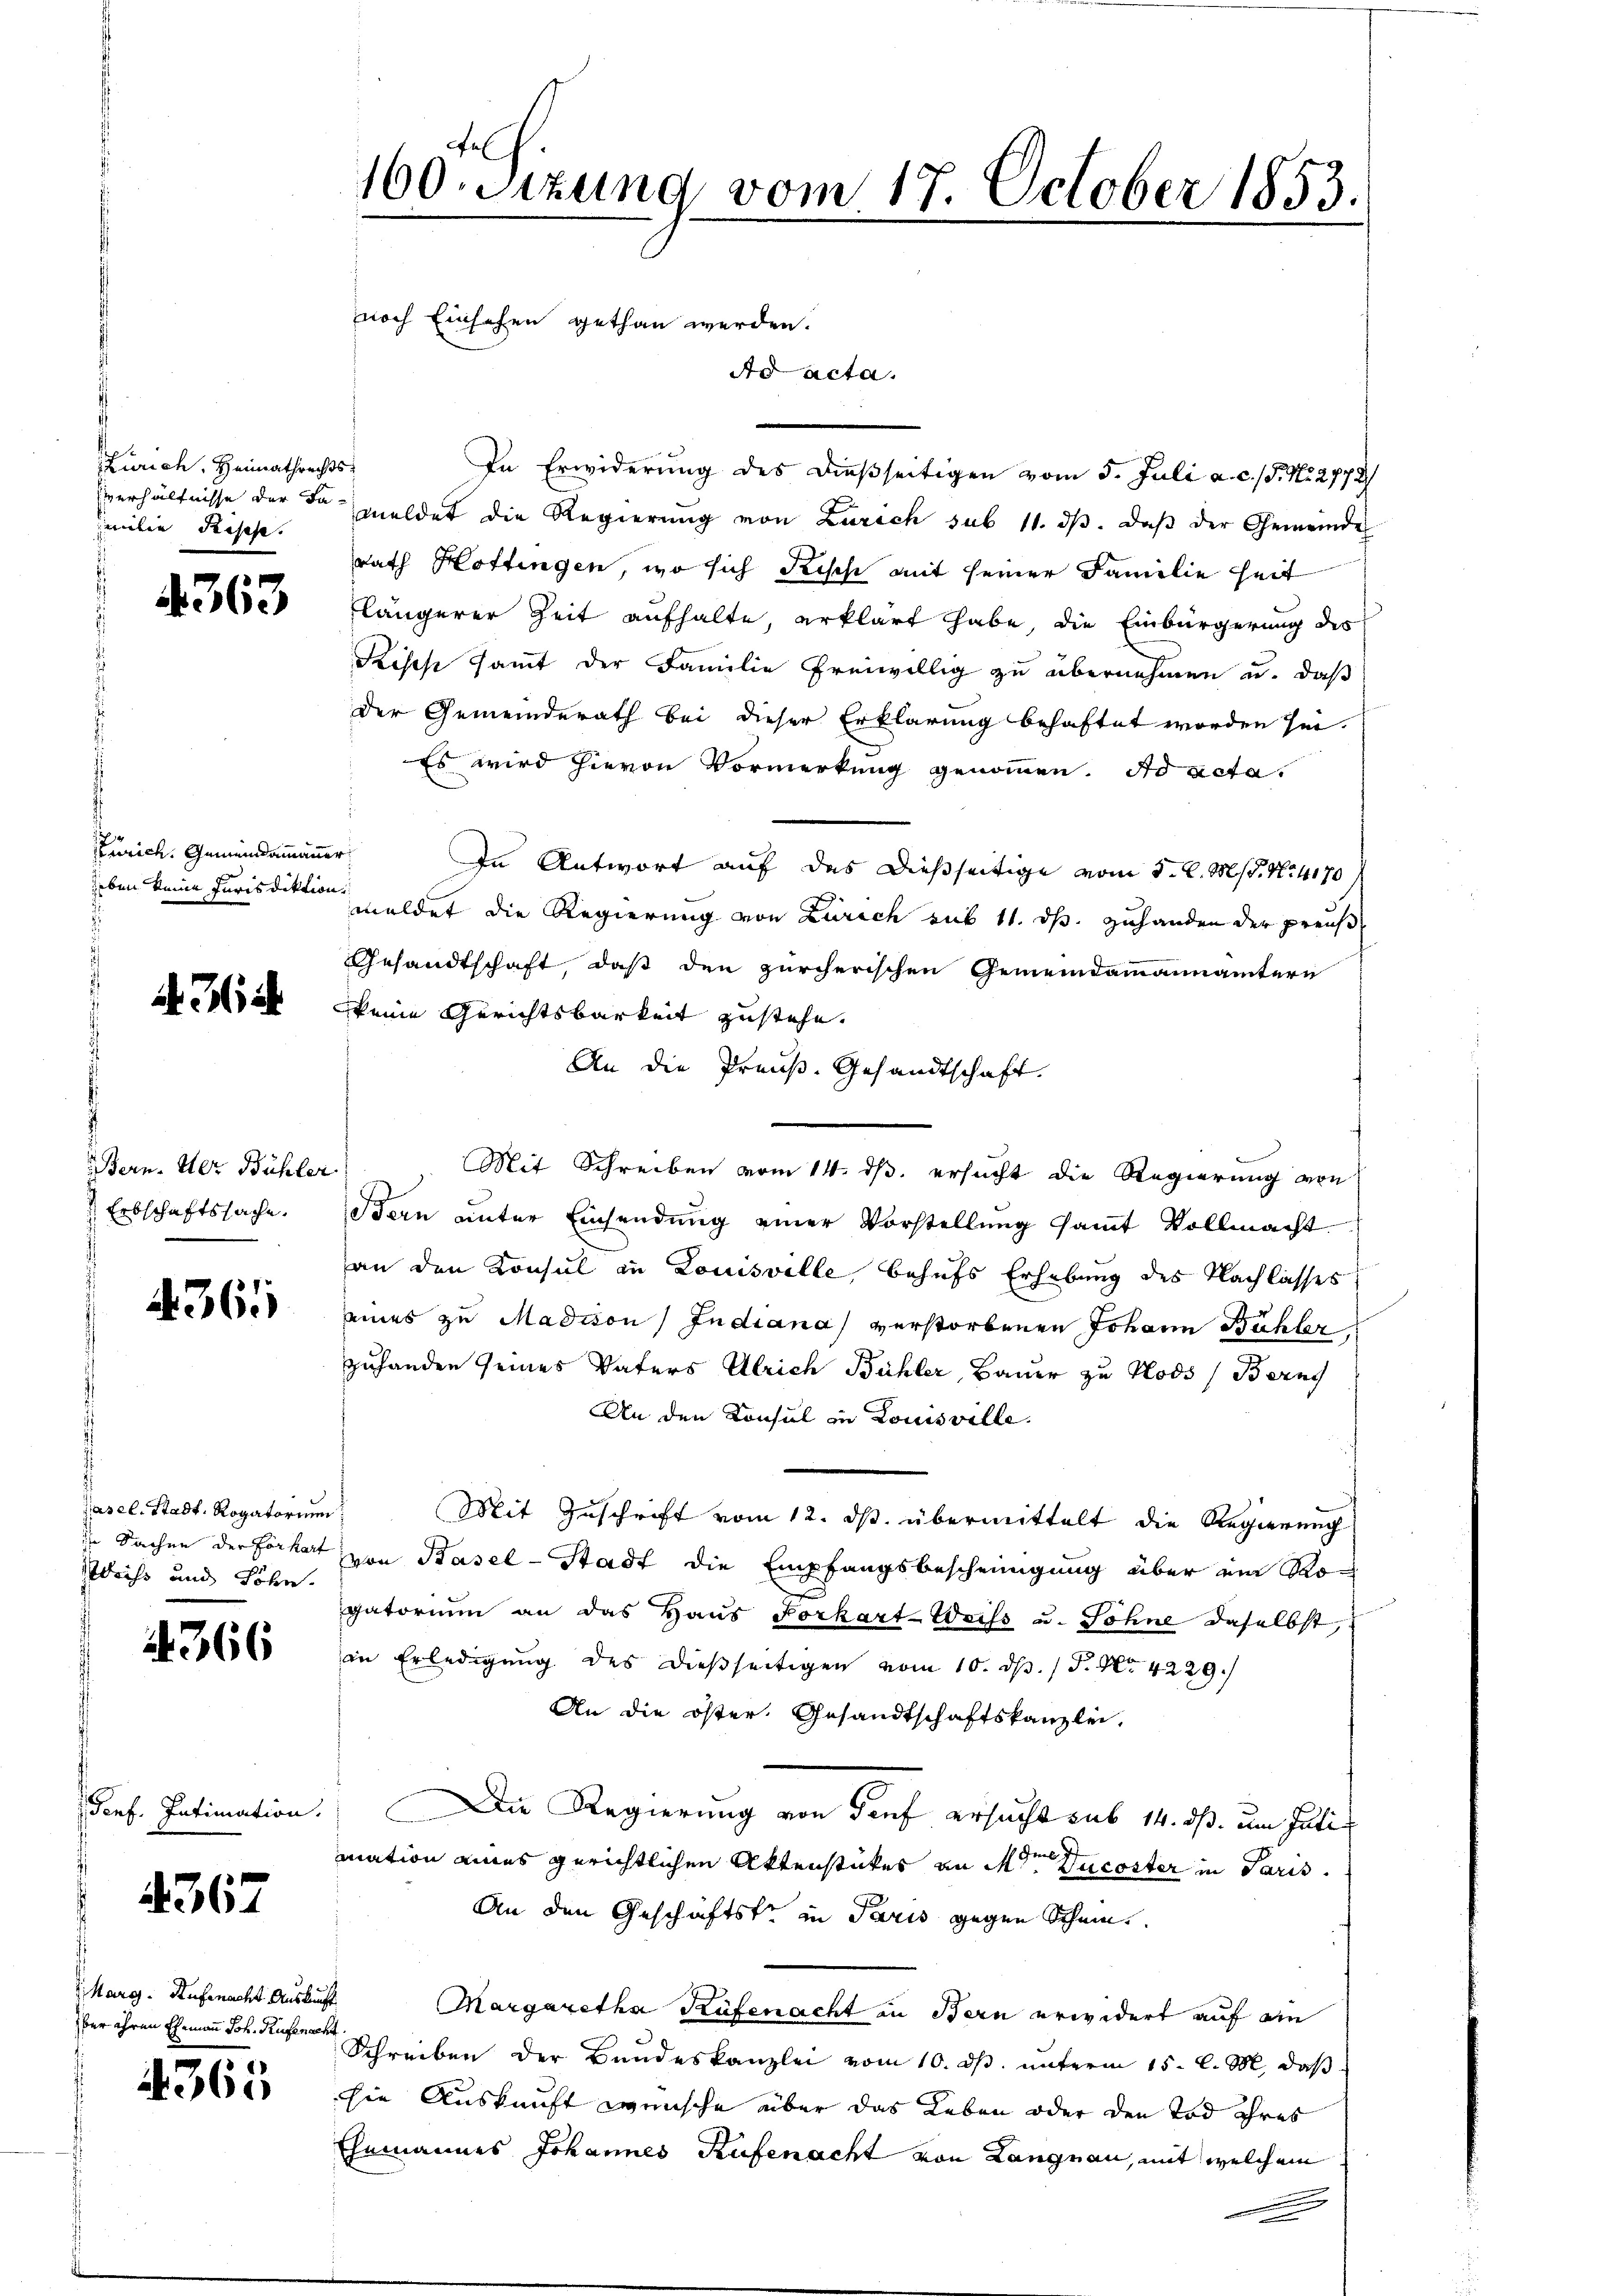
Zürich. Heimathrechts
verhältnisse der Familie Resehe.

363

Zürich. Gemeindammann,
heben keine Jurisdiktion.

d. Ha

Bern. Der Bühler
Erbschaftssache.

4365

Casel. Stadt, Rogatorium
in Sachen der Forkart
beiss und Söhn

366

Genf. Intimation

4367

Marg. Aufenacht Auskunft
ber ihren Ehemann Joh. Küfenachs

4365

.

E

160. Sitzung vom 17. October 1853.
noch Einsehen gethan werden.
Ad acta.

In Erwiderung des dießseitigen vom 5. Juli a. c. / 5. No. 2772
meldet die Regierung von Zürich sub 11. dβ. daβ der Gemeinde
rath Hottingen, wo sich Rische mit seiner Familie heit
längerer Zeit aufhalte, erklärt habe, die Einbürgerung des
Krises sammt der Familie freiwillig zu übernehmen u. daß
Der Gemeinderath bei dieser Erklärung behaftet worden sei.
Es wird hievon Vormerkung genommen. Ad acta.
In Antwort auf das dießseitige vom 5. d. Ms. No. 4170
meldet die Regierung von Zürich sub 11. ds. zuhanden der preuß
Gesandtschaft, daß den zürcherischen Gemeindammannämtern
keine Gerichtsbarkeit zustehe.
An die Preuß. Gesandtschaft.
Mit Schreiben vom 14. ds. ersucht die Regierung von
Bern unter Einsendung einer Vorstellung samt Vollmacht
an den Konsul in Louisville, behufs Erhebung des Nachlasses
eines zu Madison Indiana verstorbenen Johann Bühler,
zuhanden seines Vaters Ulrich Bühler, Bauer zu Klods (Bern
An den Konsul in Louisville.
Mit Zuschrift vom 12. ds. übermittelt die Regierung
von Basel-Stadt die Empfangsbescheinigung über ein Rogatorium an das Haus Forkart-Weiss u. Söhne daselbst,
in Erledigung des dießseitigen vom 10. d. J. No 4229./
An die öster, Gesandtschaftskanzlei,
Die Regierung von dorf ersucht sub 14. ds. um Juli
mation eines gerichtlichen Aktenstückes an der Ducoster in Paris
An den Geschäftste in Paris gegen Schmie¬
Margaretha Küfenacht in Bern erwidert auf ein
Schreiben der Bundeskanzlei vom 10. ds. unterm 15. l. M. daß
sie Auskunft wünsche über das Leben oder den Tod ihres
Ehemannes Johannes Rufenacht von Langnau, mit welchem